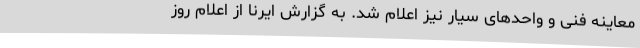
معاینه فنی و واحدهای سیار نیز اعلام شد. به گزارش ایرنا از اعلام روز